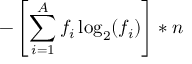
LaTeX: - \left[ \sum _ { i = 1 } ^ { A } f _ { i } \log _ { 2 } ( f _ { i } ) \right] * n